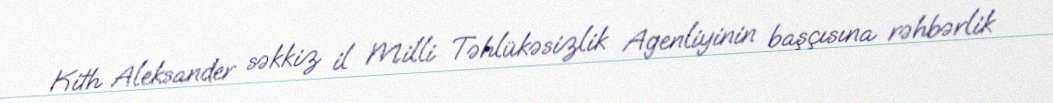
Kith Aleksander səkkiz il Milli Təhlükəsizlik Agenliyinin başçısına rəhbərlik